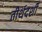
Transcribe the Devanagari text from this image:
तीर्थदर्शी